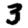
Digit: 3